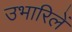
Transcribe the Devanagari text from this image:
उभारिलें